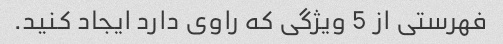
فهرستی از 5 ویژگی که راوی دارد ایجاد کنید.